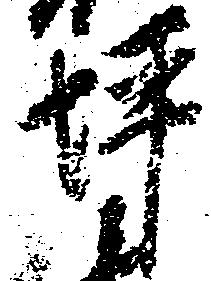
坪